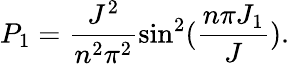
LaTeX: P_{1}=\frac{J^{2}}{n^{2}\pi^{2}}\sin^{2}(\frac{n\pi J_{1}}{J}).